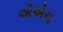
એએચ